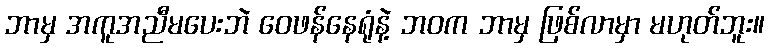
ဘာမှ အကူအညီမပေးဘဲ ဝေဖန်နေရုံနဲ့ ဘဝက ဘာမှ ဖြစ်လာမှာ မဟုတ်ဘူး။